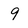
Character: 9